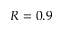
R = 0 . 9